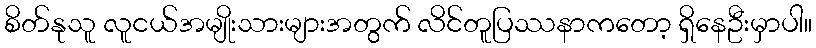
စိတ်နုသူ လူငယ်အမျိုးသားများအတွက် လိင်တူပြဿနာကတော့ ရှိနေဦးမှာပါ။